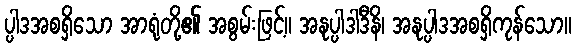
ပ္ပါဒအစရှိသော အာရုံတို့၏ အစွမ်းဖြင့်။ အနုပ္ပါဒါဒီနိ၊ အနုပ္ပါဒအစရှိကုန်သော။